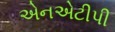
એનએટીપી